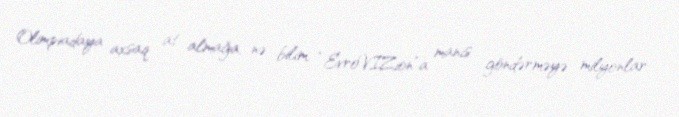
Olimpiadaya axsaq at almağa, nə bilim, “EvroVIZion”a manıs göndərməyə milyonlar